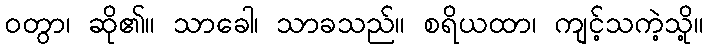
ဝတွာ၊ ဆို၏။ သာခေါ၊ သာခသည်။ စရိယထာ၊ ကျင့်သကဲ့သို့။